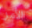
الأمر